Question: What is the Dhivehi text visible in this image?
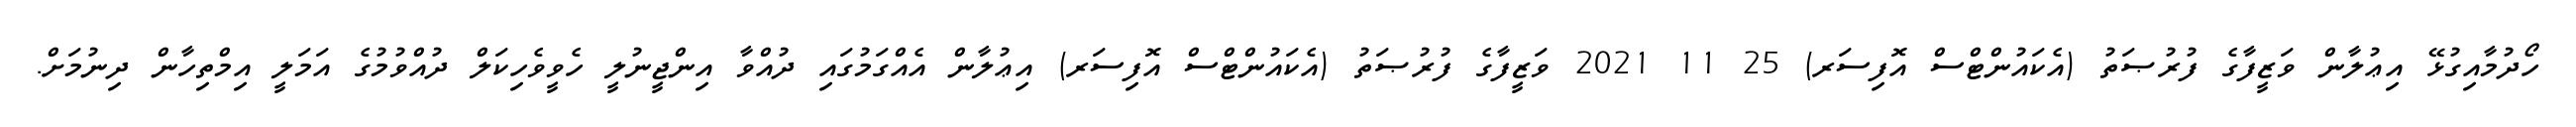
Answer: ހޯދުމާއިގުޅޭ އިޢުލާން ވަޒީފާގެ ފުރުޞަތު (އެކައުންޓްސް އޮފިސަރ) 25 11 2021 ވަޒީފާގެ ފުރުޞަތު (އެކައުންޓްސް އޮފިސަރ) އިޢުލާން އެއްގަމުގައި ދުއްވާ އިންޖީނުލީ ހެވީވެހިކަލް ދުއްވުމުގެ އަމަލީ އިމްތިހާން ދިނުމަށް.